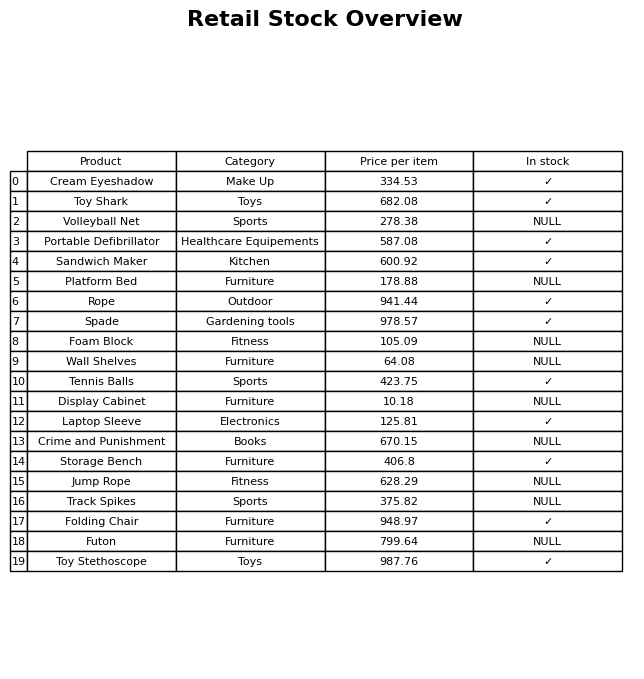
question: What is the stock status of the Platform Bed?
answer: NULL